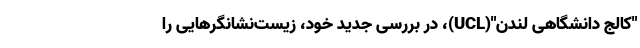
"کالج دانشگاهی لندن"(UCL)، در بررسی جدید خود، زیست‌نشانگرهایی را